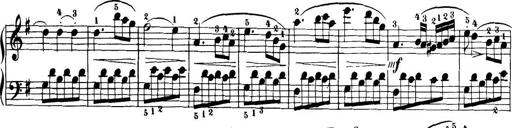
Title: 32 Sonatinas and Rondos for the Piano
Composer: Richard Kleinmichel